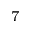
^ 7